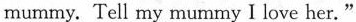
mummy. Tell my mummy Ⅰ love her. "